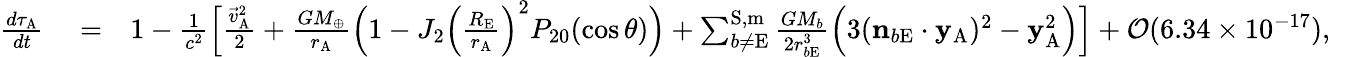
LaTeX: \begin{array}{rlr}{\frac{d\tau_{\mathrm{A}}}{dt}}&{{}=}&{1-\frac{1}{c^{2}}\Big[\frac{{\vec{v}}_{\mathrm{A}}^{2}}{2}+\frac{GM_{\oplus}}{r_{\mathrm{A}}}\Big(1-J_{2}\Big(\frac{R_{\mathrm{E}}}{r_{\mathrm{A}}}\Big)^{2}P_{20}(\cos\theta)\Big)+\sum_{b\not=\mathrm{E}}^{\mathrm{S,m}}\frac{GM_{b}}{2r_{b\mathrm{E}}^{3}}\Big(3(\boldsymbol{\mathrm{n}}_{b\mathrm{E}}\cdot\boldsymbol{\mathrm{y}}_{\mathrm{A}})^{2}-\boldsymbol{\mathrm{y}}_{\mathrm{A}}^{2}\Big)\Big]+{\cal O}(6.34\times 10^{-17}),~~~~~}\end{array}